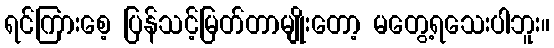
ရင်ကြားစေ့ ပြန်သင့်မြတ်တာမျိုးတော့ မတွေ့ရသေးပါဘူး။